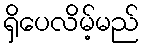
ရှိပေလိမ့်မည်